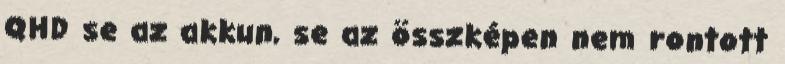
QHD se az akkun, se az összképen nem rontott